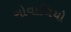
ગોવાળિયો